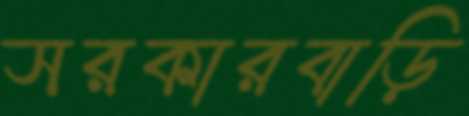
সরকারবাড়ি